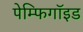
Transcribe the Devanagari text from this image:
पेम्फिगॉइड